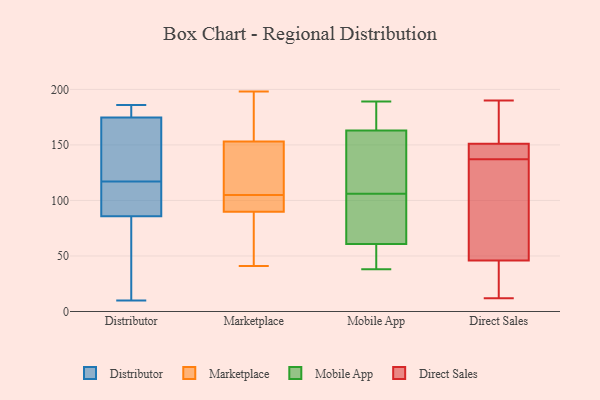
{"axis": {"x": "Shipments", "y": "Value"}, "legend": ["Direct Sales", "Distributor", "Marketplace", "Mobile App"], "data": [{"x": "", "y": 107, "type": "Distributor"}, {"x": "", "y": 101, "type": "Distributor"}, {"x": "", "y": 164, "type": "Distributor"}, {"x": "", "y": 117, "type": "Distributor"}, {"x": "", "y": 94, "type": "Distributor"}, {"x": "", "y": 186, "type": "Distributor"}, {"x": "", "y": 10, "type": "Distributor"}, {"x": "", "y": 179, "type": "Distributor"}, {"x": "", "y": 140, "type": "Distributor"}, {"x": "", "y": 83, "type": "Distributor"}, {"x": "", "y": 181, "type": "Distributor"}, {"x": "", "y": 66, "type": "Distributor"}, {"x": "", "y": 105, "type": "Distributor"}, {"x": "", "y": 15, "type": "Distributor"}, {"x": "", "y": 165, "type": "Distributor"}, {"x": "", "y": 178, "type": "Distributor"}, {"x": "", "y": 160, "type": "Distributor"}, {"x": "", "y": 62, "type": "Distributor"}, {"x": "", "y": 179, "type": "Distributor"}, {"x": "", "y": 86, "type": "Marketplace"}, {"x": "", "y": 97, "type": "Marketplace"}, {"x": "", "y": 98, "type": "Marketplace"}, {"x": "", "y": 126, "type": "Marketplace"}, {"x": "", "y": 198, "type": "Marketplace"}, {"x": "", "y": 75, "type": "Marketplace"}, {"x": "", "y": 153, "type": "Marketplace"}, {"x": "", "y": 153, "type": "Marketplace"}, {"x": "", "y": 194, "type": "Marketplace"}, {"x": "", "y": 105, "type": "Marketplace"}, {"x": "", "y": 162, "type": "Marketplace"}, {"x": "", "y": 91, "type": "Marketplace"}, {"x": "", "y": 140, "type": "Marketplace"}, {"x": "", "y": 124, "type": "Marketplace"}, {"x": "", "y": 41, "type": "Marketplace"}, {"x": "", "y": 76, "type": "Marketplace"}, {"x": "", "y": 104, "type": "Marketplace"}, {"x": "", "y": 58, "type": "Mobile App"}, {"x": "", "y": 163, "type": "Mobile App"}, {"x": "", "y": 66, "type": "Mobile App"}, {"x": "", "y": 163, "type": "Mobile App"}, {"x": "", "y": 39, "type": "Mobile App"}, {"x": "", "y": 46, "type": "Mobile App"}, {"x": "", "y": 189, "type": "Mobile App"}, {"x": "", "y": 68, "type": "Mobile App"}, {"x": "", "y": 181, "type": "Mobile App"}, {"x": "", "y": 127, "type": "Mobile App"}, {"x": "", "y": 175, "type": "Mobile App"}, {"x": "", "y": 106, "type": "Mobile App"}, {"x": "", "y": 178, "type": "Mobile App"}, {"x": "", "y": 87, "type": "Mobile App"}, {"x": "", "y": 72, "type": "Mobile App"}, {"x": "", "y": 59, "type": "Mobile App"}, {"x": "", "y": 139, "type": "Mobile App"}, {"x": "", "y": 38, "type": "Mobile App"}, {"x": "", "y": 139, "type": "Mobile App"}, {"x": "", "y": 151, "type": "Direct Sales"}, {"x": "", "y": 132, "type": "Direct Sales"}, {"x": "", "y": 12, "type": "Direct Sales"}, {"x": "", "y": 142, "type": "Direct Sales"}, {"x": "", "y": 190, "type": "Direct Sales"}, {"x": "", "y": 148, "type": "Direct Sales"}, {"x": "", "y": 153, "type": "Direct Sales"}, {"x": "", "y": 22, "type": "Direct Sales"}, {"x": "", "y": 151, "type": "Direct Sales"}, {"x": "", "y": 94, "type": "Direct Sales"}, {"x": "", "y": 39, "type": "Direct Sales"}, {"x": "", "y": 53, "type": "Direct Sales"}]}